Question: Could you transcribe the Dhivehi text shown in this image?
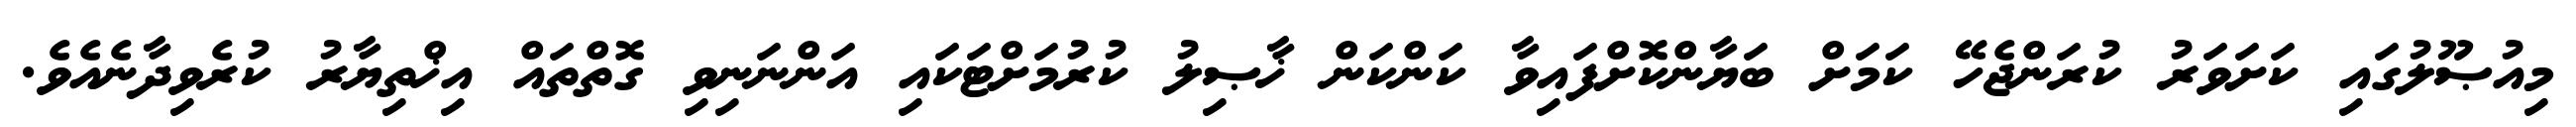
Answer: މިއުޞޫލުގައި ކަށަވަރު ކުރަންޖެހޭ ކަމަށް ބަޔާންކޮށްފައިވާ ކަންކަން ޚާޞިލު ކުރުމަށްޓަކައި އަންނަނިވި ގޮތްތައް އިޚްތިޔާރު ކުރެވިދާނެއެވެ.